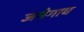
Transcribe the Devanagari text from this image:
जनेगाव